Standards of the constituents of the urine and blood and the bearing of the metabolism of Bengalis on the problems of nutrition - Number 34
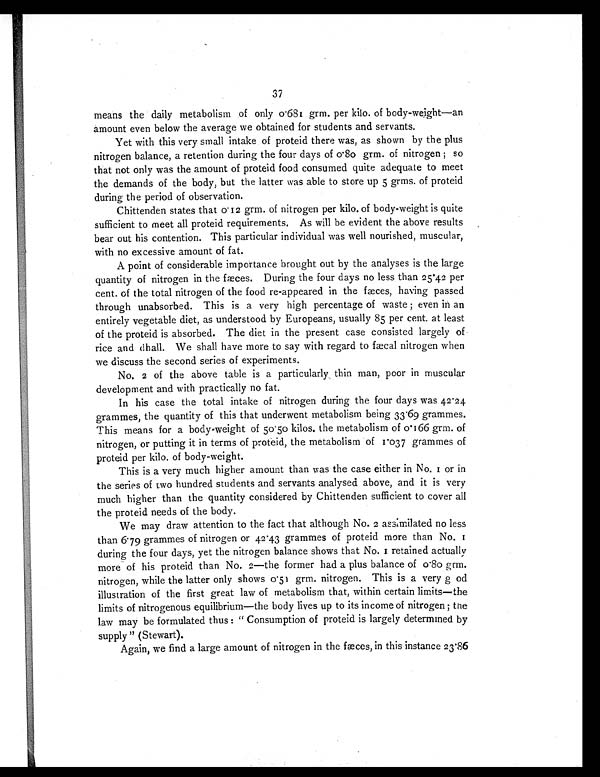
37
means the daily metabolism of only 0.681 grm. per kilo. of body-weight—an
amount even below the average we obtained for students and servants.
Yet with this very small intake of proteid there was, as shown by the plus
nitrogen balance, a retention during the four days of 0.80 grm. of nitrogen ; so
that not only was the amount of proteid food consumed quite adequate to meet
the demands of the body, but the latter was able to store up 5 grms. of proteid
during the period of observation.
Chittenden states that 0. 12 grm. of nitrogen per kilo. of body-weight is quite
sufficient to meet all proteid requirements. As will be evident the above results
bear out his contention. This particular individual was well nourished, muscular,
with no excessive amount of fat.
A point of considerable importance brought out by the analyses is the large
quantity of nitrogen in the fæces. During the four days no less than 25°42 per
cent. of the total nitrogen of the food re-appeared in the fæces, having passed
through unabsorbed. This is a very high percentage of waste ; even in an
entirely vegetable diet, as understood by Europeans, usually 85 per cent. at least
of the proteid is absorbed. The diet in the present case consisted largely of
rice and dhall. We shall have more to say with regard to fæcal nitrogen when
we discuss the second series of experiments.
No. 2 of the above table is a particularly , thin man, poor in muscular
development and with practically no fat.
In his case the total intake of nitrogen during the four days was 42.24
grammes, the quantity of this that underwent metabolism being 33.69 grammes.
This means for a body-weight of 50.50 kilos. the metabolism of 0.166 grm. of
nitrogen, or putting it in terms of proteid, the metabolism of 10.37 grammes of
proteid per kilo. of body-weight.
This is a very much higher amount than was the case either in No. I or in
the series of two hundred students and servants analysed above, and it is very
much higher than the quantity considered by Chittenden sufficient to cover all
the proteid needs of the body.
We may draw attention to the fact that although No. 2 assimilated no less
than 6.79 grammes of nitrogen or 42.43 grammes of proteid more than No.
during the four days, yet the nitrogen balance shows that No. I retained actually
more of his proteid than No. 2—the former had a plus balance of 0.80 grm.
nitrogen, while the latter only shows 0.51 grm. nitrogen. This is a very g od
illustration of the first great law of metabolism that, within certain limits—the
limits of nitrogenous equilibrium—the body lives up to its income of nitrogen; the
law may be formulated thus : "Consumption of proteid is largely determined by
supply" (Stewart).
Again, we find a large amount of nitrogen in the fæces, in this instance 23.86